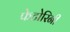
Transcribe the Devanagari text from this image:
फेटोरिनी